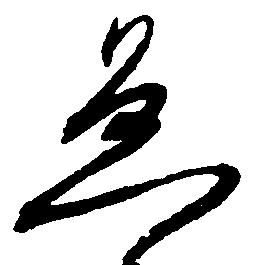
急